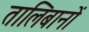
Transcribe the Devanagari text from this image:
तालिबानों